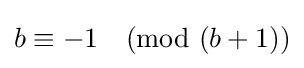
b\equiv -1{\pmod {(b+1)}}